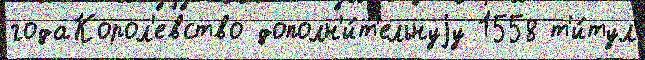
годаКорол'евство дополн'и́т'ельнуjу 1558 т'и́тул